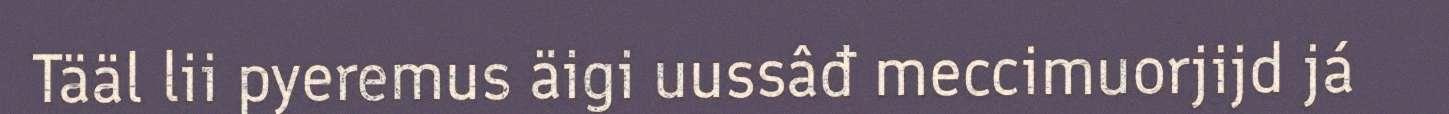
Tääl lii pyeremus äigi uussâđ meccimuorjijd já